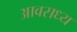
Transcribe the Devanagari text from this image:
आवसध्य